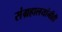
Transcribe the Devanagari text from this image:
संग्रहालयांनीही